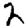
Digit: 2